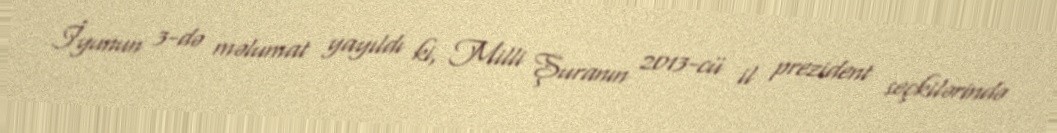
İyunun 3-də məlumat yayıldı ki, Milli Şuranın 2013-cü il prezident seçkilərində